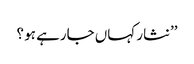
’’نثار کہاں جارہے ہو ؟